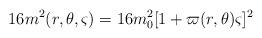
LaTeX: \begin{align*}16m^{2}(r,\theta ,\varsigma )=16m_{0}^{2}[1+\varpi (r,\theta )\varsigma ]^{2}\end{align*}